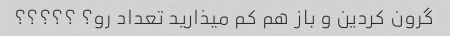
گرون کردین و باز هم کم میذارید تعداد رو؟ ؟؟؟؟؟